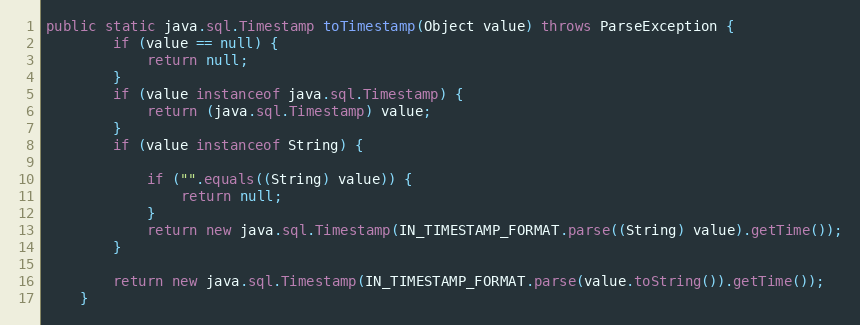
Language: Java
public static java.sql.Timestamp toTimestamp(Object value) throws ParseException {
        if (value == null) {
            return null;
        }
        if (value instanceof java.sql.Timestamp) {
            return (java.sql.Timestamp) value;
        }
        if (value instanceof String) {

            if ("".equals((String) value)) {
                return null;
            }
            return new java.sql.Timestamp(IN_TIMESTAMP_FORMAT.parse((String) value).getTime());
        }

        return new java.sql.Timestamp(IN_TIMESTAMP_FORMAT.parse(value.toString()).getTime());
    }